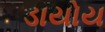
ડાયોય